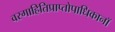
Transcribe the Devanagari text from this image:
वरगाहितिप्राप्तोपाधिकानॉ